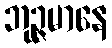
ဘုဉ္ဇမာနေ